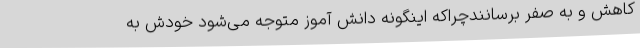
کاهش و به صفر برسانندچراکه اینگونه دانش آموز متوجه می‌شود خودش به